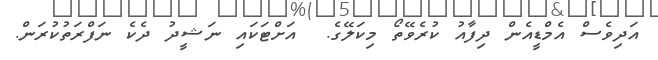
އަދިވެސް އެމްޑީއެން ދިފާއު ކުރެވޭތޯ މިކަލޭގެ.  އަށްޓަކައި ނަޝީދު ދެކެ ނަފްރަތުކުރަން.